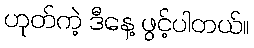
ဟုတ်ကဲ့ ဒီနေ့ ဖွင့်ပါတယ်။